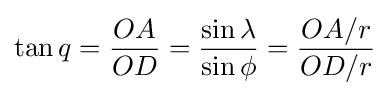
\tan q={\frac {OA}{OD}}={\frac {\sin \lambda }{\sin \phi }}={\frac {OA/r}{OD/r}}